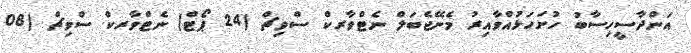
އަންދާސީހިސާބު ހުށަހަޅުއްވާއިރު މެނޭޖެބަލް ނެޓްވާރކް ސްވިޗް (24 ޕޯޓް) ނެޓްވާރކް ސްވިޗް (08